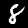
Label: 8